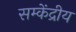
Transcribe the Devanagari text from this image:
सम्केंद्रीय